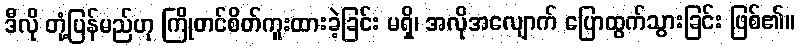
ဒီလို တုံ့ပြန်မည်ဟု ကြိုတင်စိတ်ကူးထားခဲ့ခြင်း မရှိ၊ အလိုအလျောက် ပြောထွက်သွားခြင်း ဖြစ်၏။